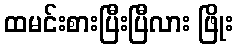
ထမင်းစားပြီးပြီလား ဖြိုး